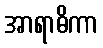
အာရာဓိကာ